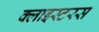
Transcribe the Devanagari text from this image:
क्लाइस्टरस